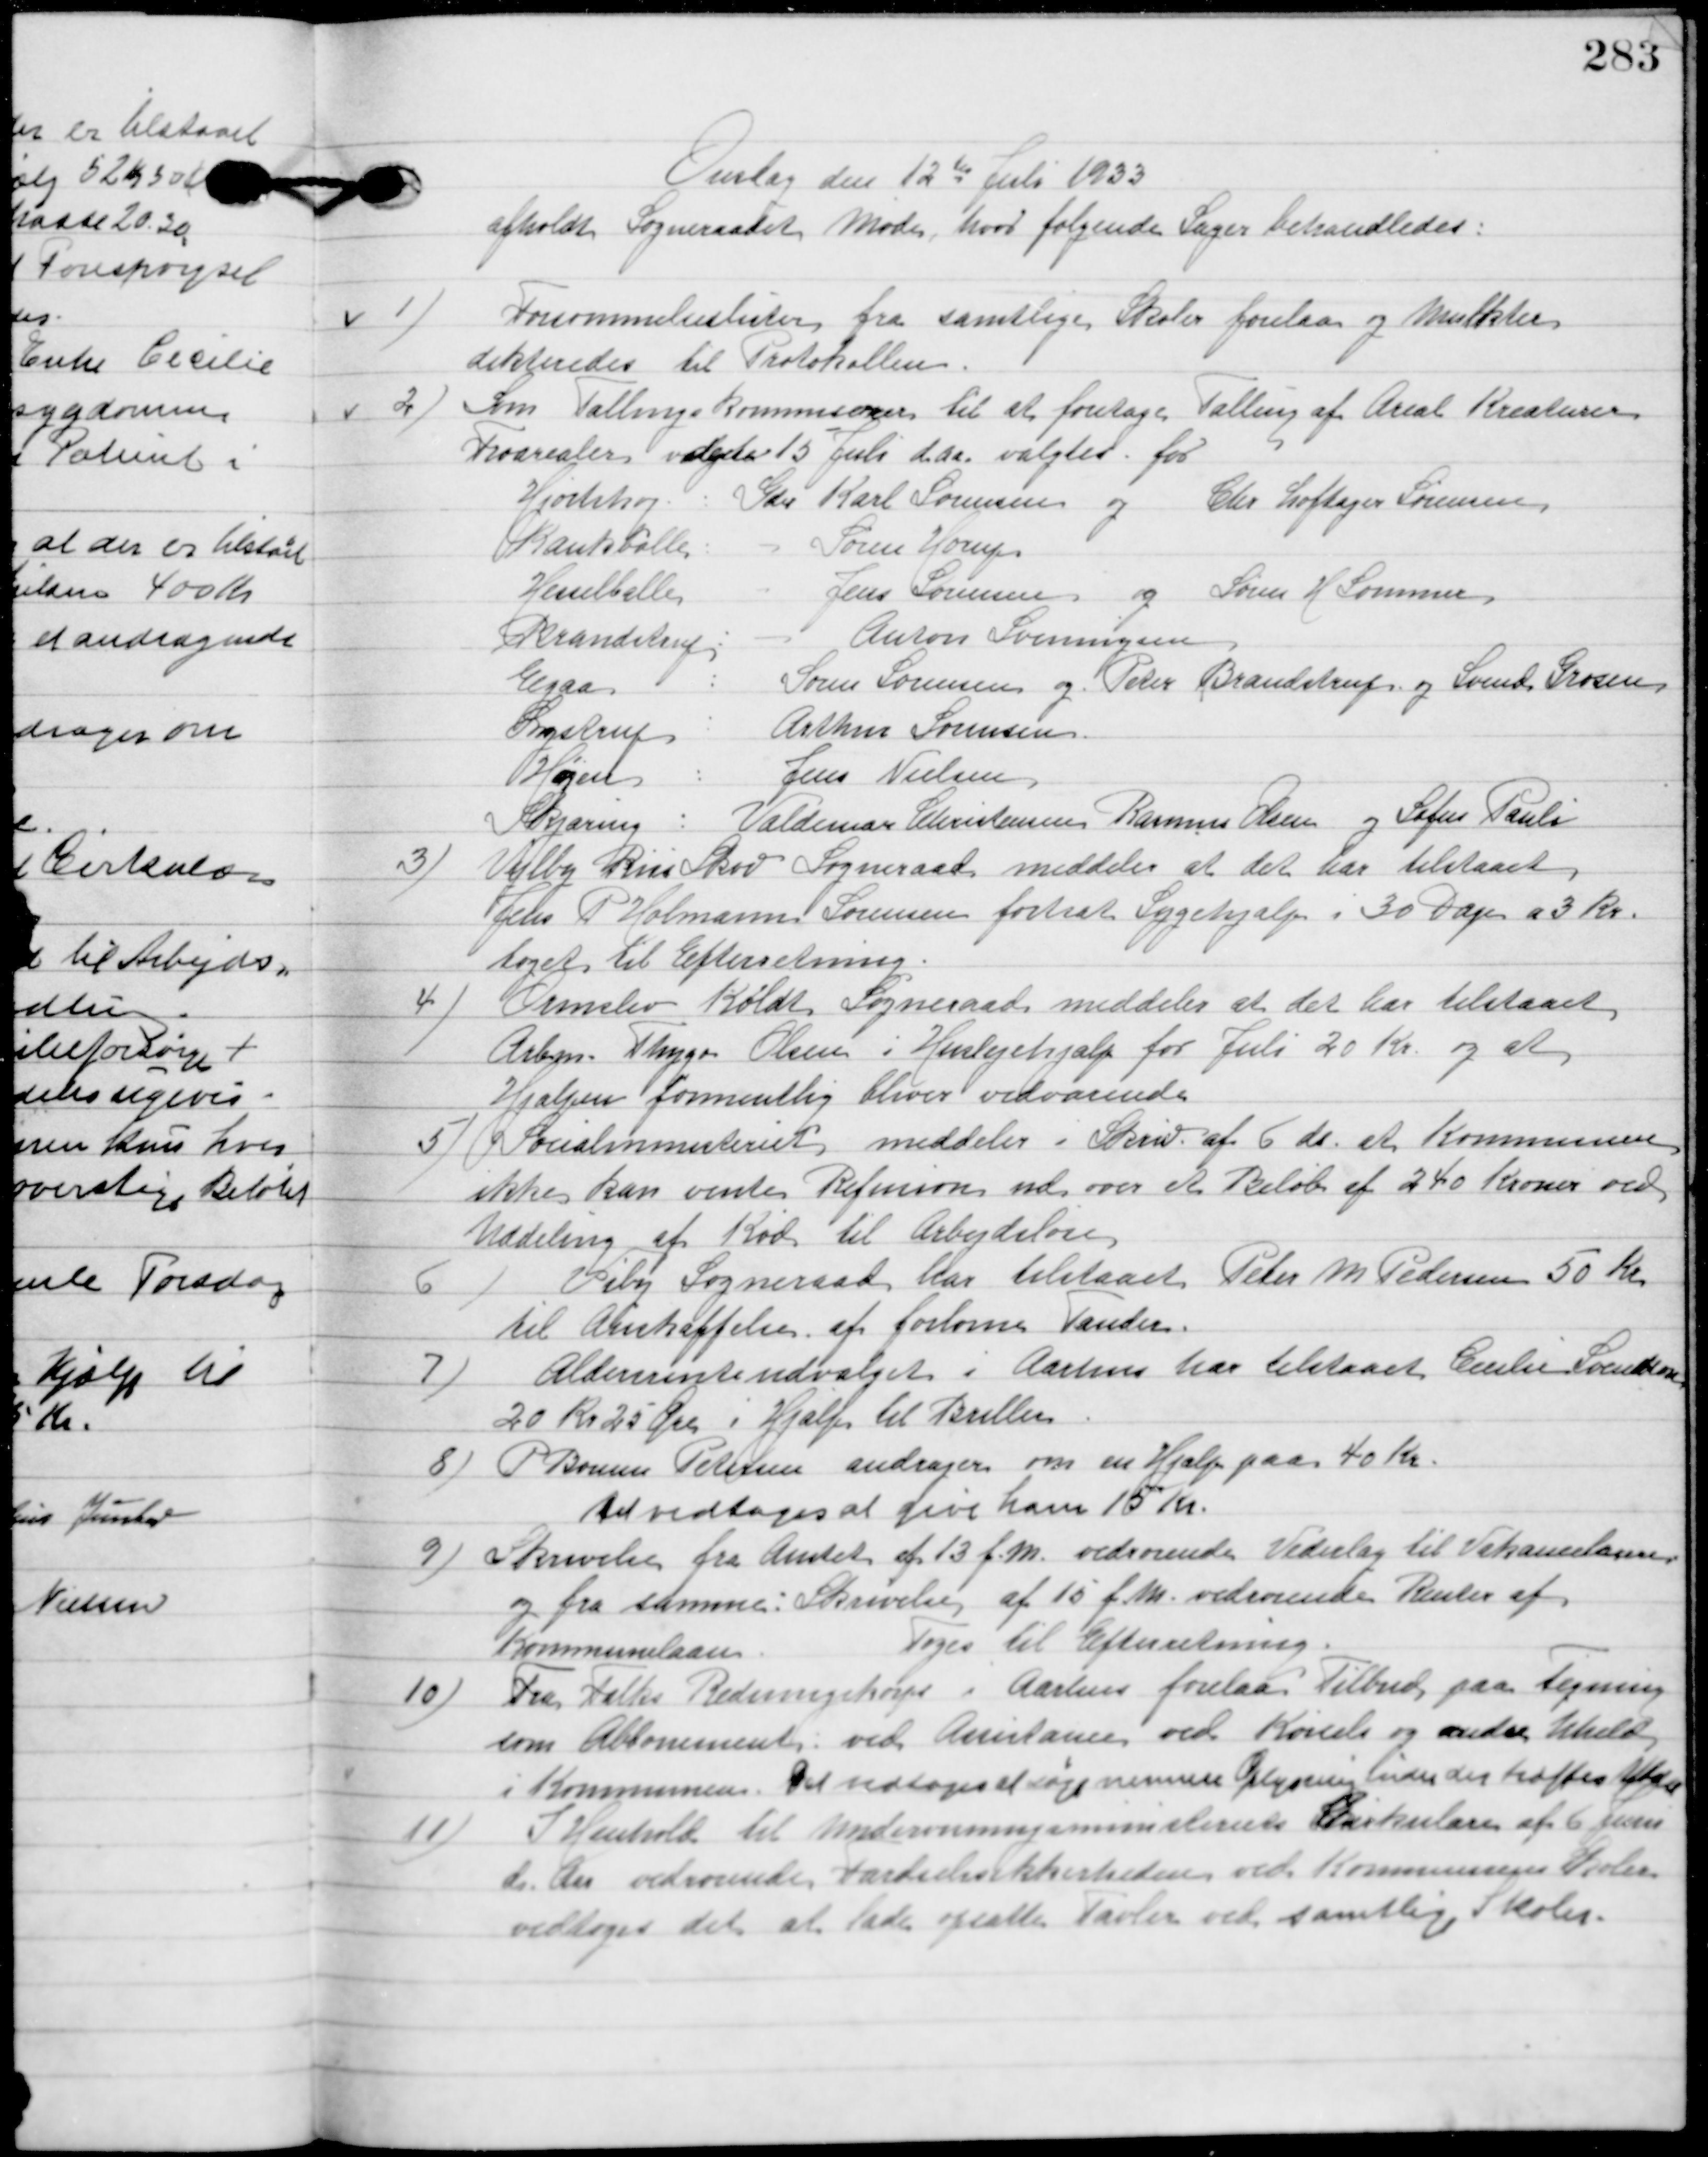
Transskription:
Onsdag d. 12 Juli 1933
afholdt Sogneraadet Møde hvor følgende Sager behandledes.

1

Forsømmelseslister for samtlige Skoler i Kommunen forelaa og Mulkter
dikteredes til Protokollen.

2

Som Tællingskommune til at foretage tælling af Areal Kreaturer 
foretages valget 15´juli d. a. Valgtes for:
Hjortshøj: 	Gdr. Karl Sørensen og Chr. Loftager Sørensen
Kankbølle: – Søren Hurup
Hesselballe: – Jens Sørensen og Søren H. Sommer
Brandstrup: – Anton Svenningsen
Egaa: 	Søren Sørensen og Peder Brandstrup og Svend Grosen
Lystrup: Arthur Sørensen
Højen: 	Jens Nielsen
Skjæring: Valdemar Christensen Rasmus Olsen og Sofus Pauli

3

Vejlby-Risskov Sogneraad meddeler at der  har tilstaaet
Jens P. Holmann Sørensen fortsat Sygehjælp i 30 Dage a 3 Kr.
Toges til Efterretning.

Ormslev-Koldt Sogneraad meddeler at der har tilstaaet
Arbsm. Thyge Olsen i  Huslejehjælp for Juli 20 Kr. og at
hjælpen formentlig bliver vedvarende.

5

Socialministeriet meddeler i Skrivelse af 6. ds. at Kommunen 
ikke kan vente Refusion ud over et Beløb af 240 Kroner ved 
Uddeling af Kød til Arbejdsløse.

6

Viby Sogneraad har tilstaaet Peter M. Petersen 50 Kr. 
til anskaffelse af forlorne Tænder.

7

Aldersrenteudvalget i Aarhus har tilstaaet Caroline Sørensen
20 Kr. 25 Øre i Hjælp til Briller.

8

P. Bruun Petersen andrager om en Hjælp paa 40 Kr.
Det vedtoges at give ham 15 Kr.

9

Skrivelse fra Amtet af 13´ f. m. vedrørende vederlag til Vehanerlamme.
og fra samme: Skrivelse af 15 f. m. vedrørende renter af
Kommunelaan.
Toges til Efterretning.

10

Fra Falk Redningskorps i Aarhus forelaaa tilbud paa tegning
som Abonnement ved Ambulance ved Kørsel og andre tilbud
 i Kommunen. Det vedtoges at søge nermere Oplysning inden der træffes Aftale.

11

I Henhold til Ministeriets Cirkulære af 6 juni 
d. Aa. vedrørende Færdselssikkerheden ved Kommunen Skoler
vedtoges det at lade opsætte Tavler ved samtlige Skoler.